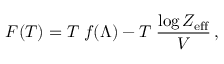
F ( T ) = T \; f ( \Lambda ) - T \; { \frac { \log { \cal Z } _ { \mathrm { e f f } } } { V } } \, ,